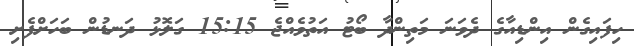
ހިފައިގެން އިންޑިއާގެ ދެވަނަ މަތިންދާ ބޯޓު އަތުވެއްޖެ 15:15 ގަލޮޅު ދަނޑުން ބަހަށްފެށި